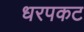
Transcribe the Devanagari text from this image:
धरपकट